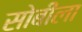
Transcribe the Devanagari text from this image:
सोबीला